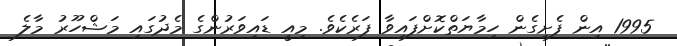
1995 އިން ފެށިގެން ހިމާޔަތްކޮށްފައިވާ ފަރެކެވެ. މިއީ ޑައިވަރުންގެ މެދުގައި މަޝްހޫރު މާލެ